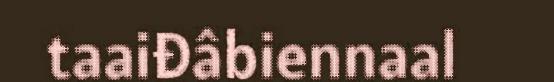
taaiđâbiennaal